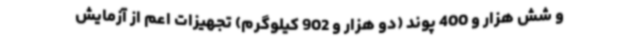
و شش هزار و 400 پوند (دو هزار و 902 کیلوگرم) تجهیزات اعم از آزمایش